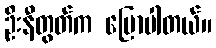
ဦးနီတွတ်က ပြောပါတယ်။